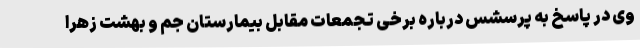
وی در پاسخ به پرسشس درباره برخی تجمعات مقابل بیمارستان جم و بهشت زهرا